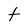
Character: t